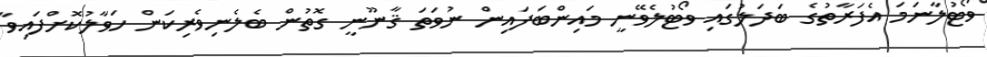
ވޯޓުލާނަމަ އެފަރާތުގެ ބަދަލުގައި ވޯޓުލެވޭނީ މައިންބަފައިން ނުވަތަ ޤާނޫނީ ގޮތުން ބެލެނިވެރިކަން ހަވާލުކޮށްފައިވާ